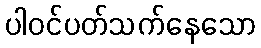
ပါဝင်ပတ်သက်နေသော